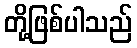
တို့ဖြစ်ပါသည်